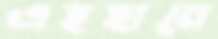
এহছানে